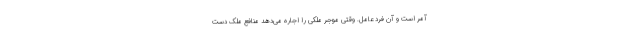
آمر است و آن فرد عامل. وقتی موجر ملکی را اجاره می‌دهد منافع ملک دست